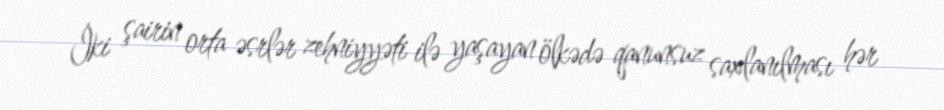
İki şairin orta əsrlər zehniyyəti ilə yaşayan ölkədə qanunsuz saxlanılması hər